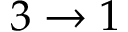
3 \to 1